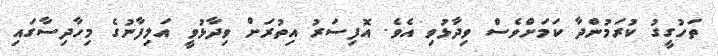
ތަހުގީގު ކުރަމުންދާ ކަމަށްވެސް ވިދާޅުވި އެވެ. އޮފިސަރު އިތުރަށް ވިދާޅުވީ އަލިފާނުގެ މިހާދިސާގައި